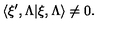
\langle \xi ^ { \prime } , \Lambda | \xi , \Lambda \rangle \not = 0 .